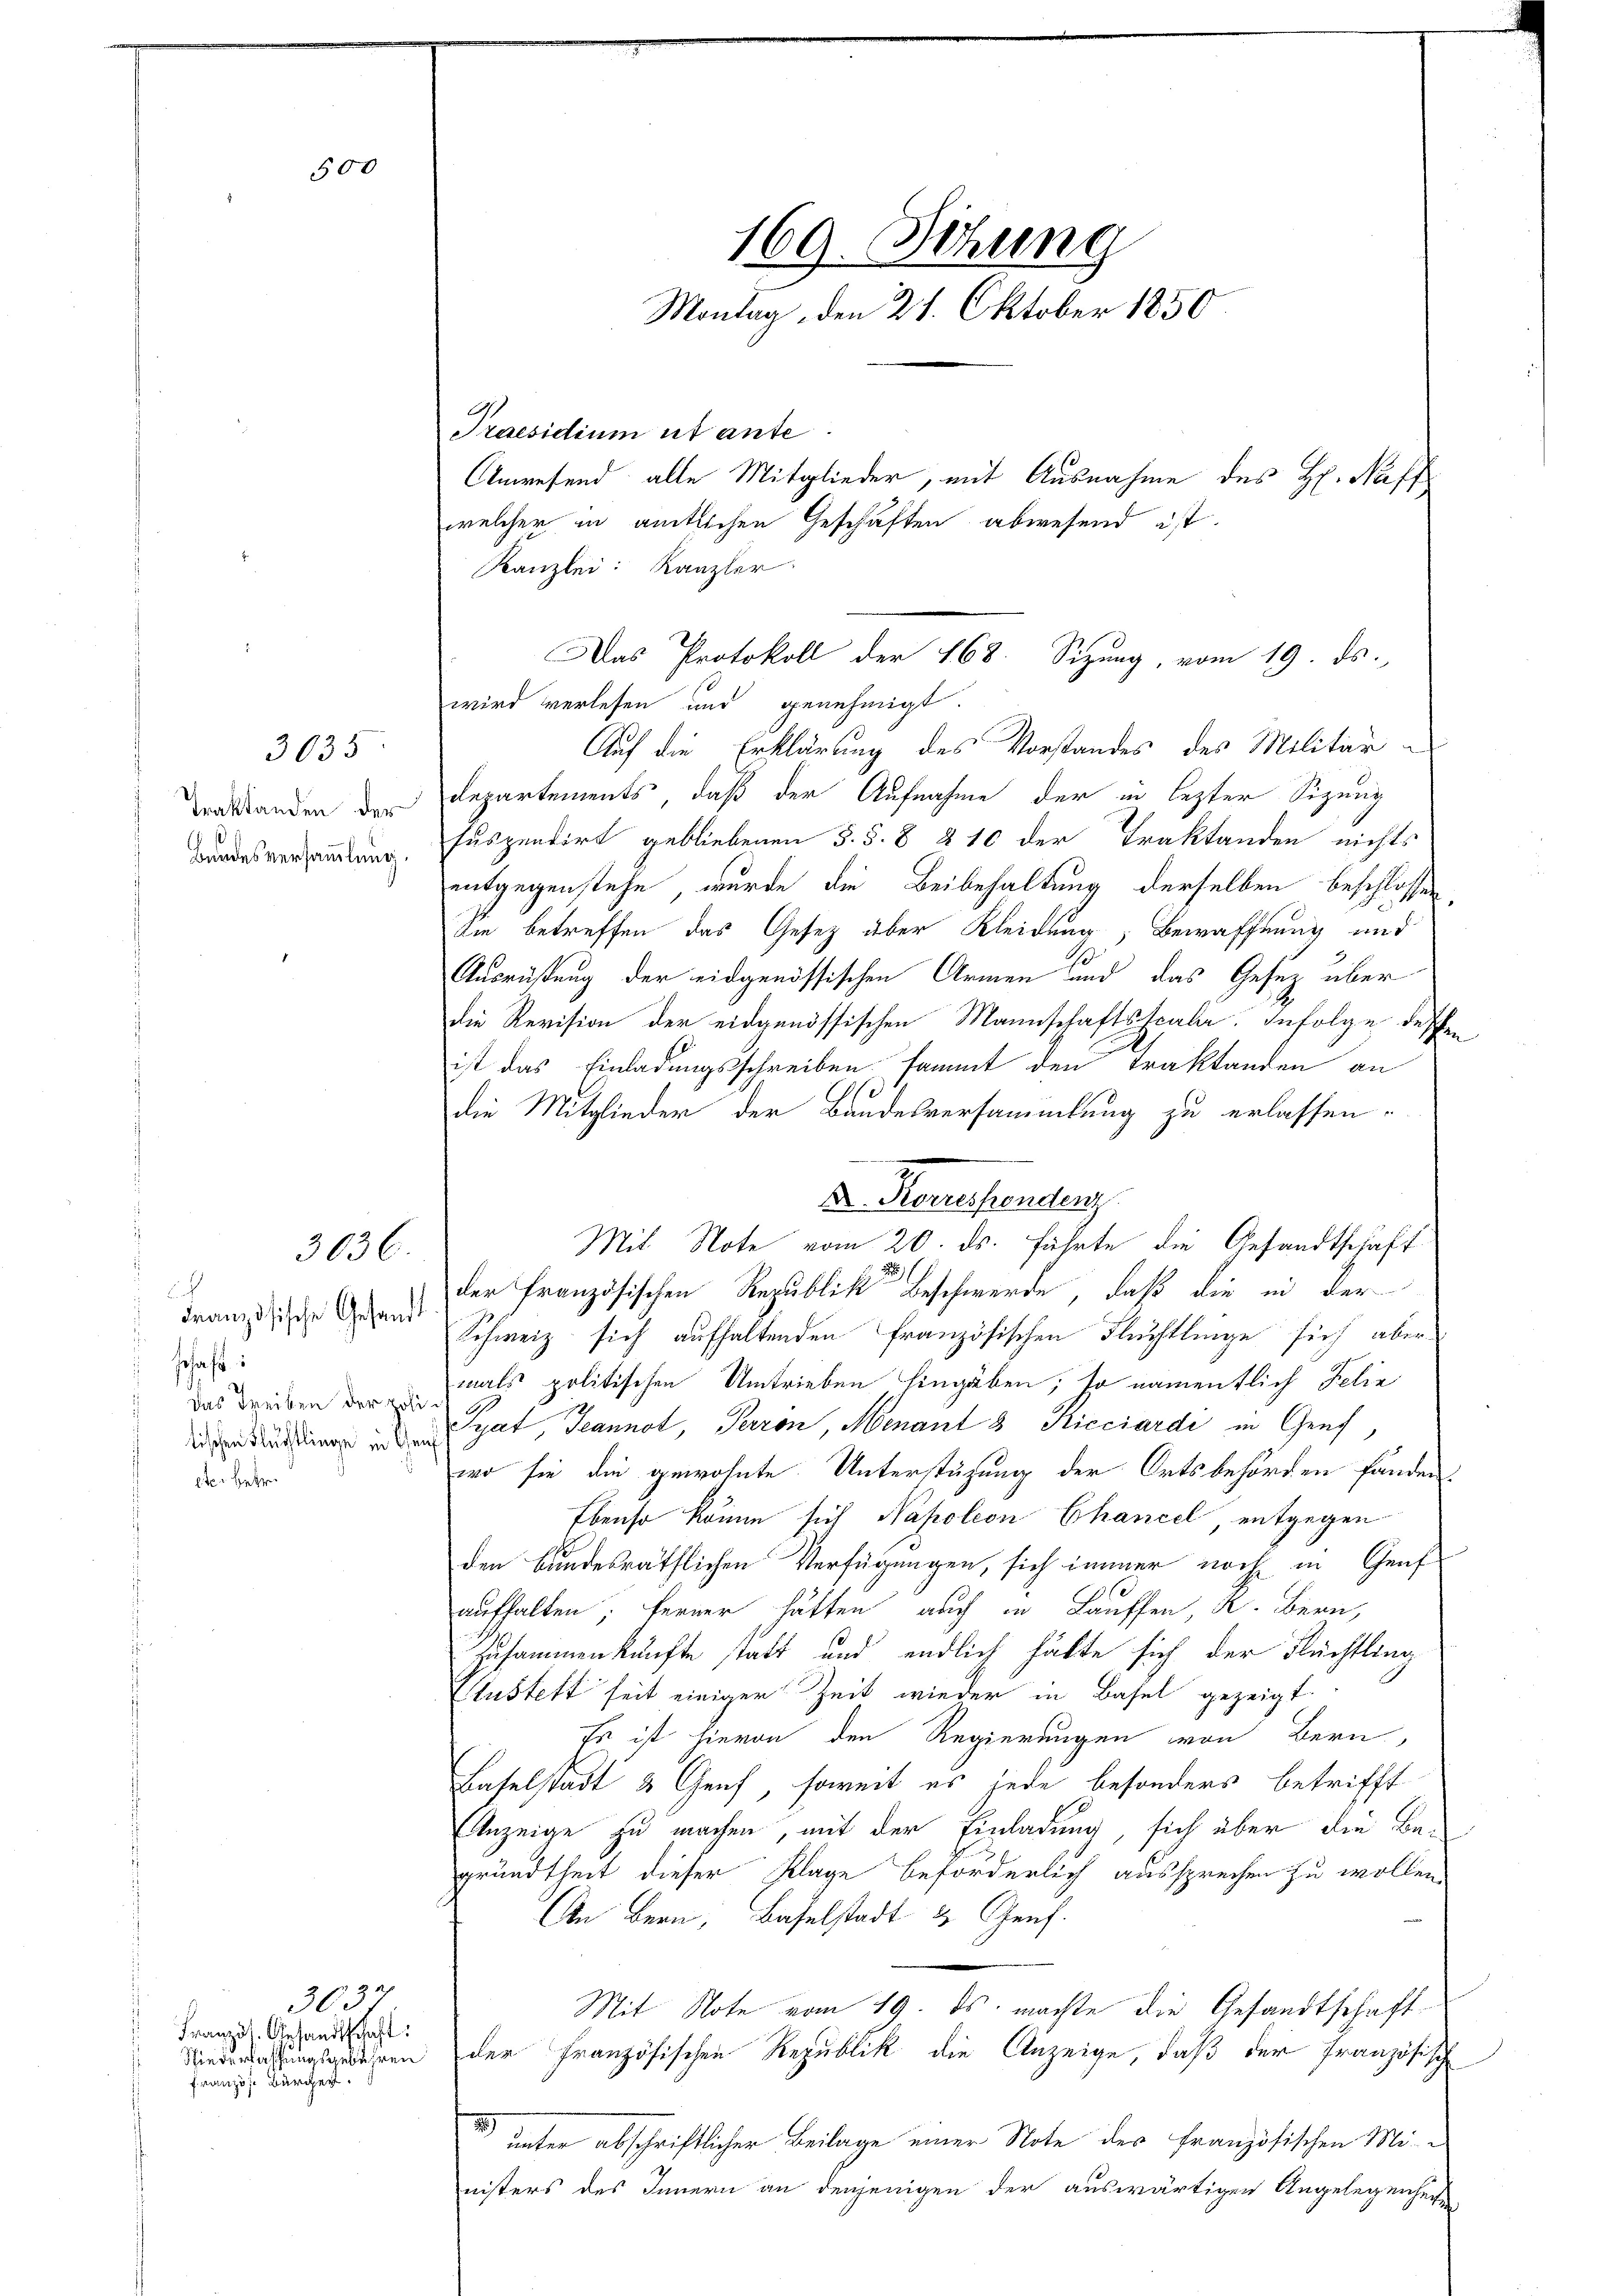
500

Traktanden der
Bandesversammlung.

3635

3036.

2
Französische Gesandt
schaft
 das Treiben der politischen Flüchtlinge in G
eter betr.

36
Französ. Gesandtschaft:
Französ. Bürcher

Praesidium et ante.
Kanzlei: Kanzler
wird verlesen und genehmigt.
Auf die Erklärung des Vorstandes des Militär¬
Departements, daß der Aufnahme der in lezter Sizung
suspendirt gebliebenen §. §. 8 § 10 der Traktanden nichts
entgegenstehe, wurde die Beibehaltung derselben beschlossen,
Sie betreffen das Gesez aber Kleidung, Bewaffnung und
Ausrüstung der eidgenössischen Armen und das Gesetz über
die Revision der eidgenössischen Mannschaftsscala. Infolge dessen
ist das Einladungsschreiben sammt den Traktanden an
die Mitglieder der Bundesversammlung zu erlassen.
2.
A. Korrespondenz
Mit Note vom 20. ds. führte die Gesandtschaft
17
der französischen Republik Beschwerde, daß die in der
Schweiz sich aufhaltenden französischen Fluchtlinge sich aber
mals politischen Umtrieben hingaben, so namentlich Felie
Pyat Jeannot, Terron Menant 8 Kicciardi in Genf,
wo sie die gewohnte Unterstüzung der Ortsbehörden fanden.
Ebenso könne sich Napoleon Chancel entgegen
den bundesräthlichen Verfügungen, sich immer noch in Genf
aufhalten; ferner hätten auch in Lauffen, K. Bern,
Zusammenkünfte statt und endlich hätte sich der Flüchtling
Sustett seit einiger Zeit wieder in Basel gezeigt.
Es ist hievon den Regierungen von Bern,
Baselstadt & Genf, soweit es jede besonders betrifft
Anzeige zu machen, mit der Einladung, sich über die Begrundtheit dieser Klage beförderlich aussprechen zu wollen.
An Bern, Baselstadt & Genf.
Mit Note vom 19. ds. machte die Gesandtschaft
Niederlassungsanderen der Französischen Republik die Anzeige, daß der Französisch
 unter abschriftlicher Beilage einer Note der Französischen Mi-
nisters des Innern an denjenigen der auswärtigen Angelegenheiten

169. Sitzung
Montag, den 28. Oktober 1850

Anwesend alle Mitglieder, mit Ausnahme des H. Naffwelcher in amtlichen Geschäften abwesend ist.

Das Protokoll der 168. Sizung, vom 19. ds.